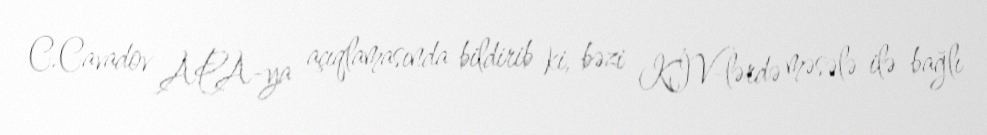
C.Cavadov APA-ya açıqlamasında bildirib ki, bəzi KİV-lərdə məsələ ilə bağlı